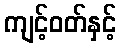
ကျင့်ဝတ်နှင့်